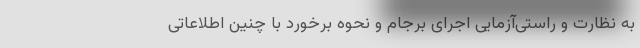
به نظارت و راستی‌آزمایی اجرای برجام و نحوه برخورد با چنین اطلاعاتی